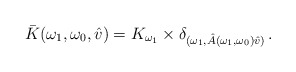
\begin{align*} \bar{K}(\omega_1,\omega_0,\hat{v})=K_{\omega_1}\times \delta_{(\omega_1, \hat{A}(\omega_1,\omega_0)\hat{v})} \, . \end{align*}